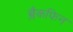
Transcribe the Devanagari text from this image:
ब्लैकफिन